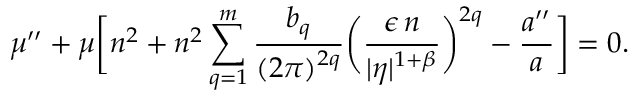
\mu ^ { \prime \prime } + \mu \biggl [ n ^ { 2 } + n ^ { 2 } \sum _ { q = 1 } ^ { m } \frac { b _ { q } } { ( 2 \pi ) ^ { 2 q } } \biggl ( \frac { \epsilon \, n } { \vert \eta \vert ^ { 1 + \beta } } \biggr ) ^ { 2 q } - \frac { a ^ { \prime \prime } } { a } \biggr ] = 0 .